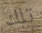
تلك